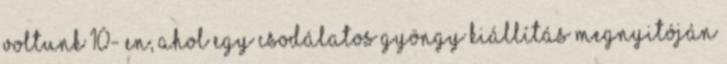
voltunk 10- en, ahol egy csodálatos gyöngy kiállítás megnyitóján